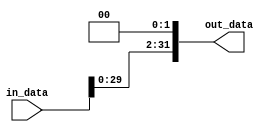
//1. Declaracion modulos de salida
module Shift_L_2 (
    input [31:0] in_data,
    output reg [31:0] out_data
);
//2. Definir elementos internos del modulo 
//NA

//3. Declarar los procesos secuenciales, asignaciones y/o instancias

always@(*)
    begin
        out_data = in_data << 2;
    end

endmodule